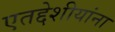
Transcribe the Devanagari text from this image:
एतद्देशीयांना